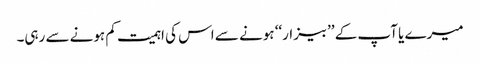
میرے یا آپ کے ’’بیزار‘‘ ہونے سے اس کی اہمیت کم ہونے سے رہی۔